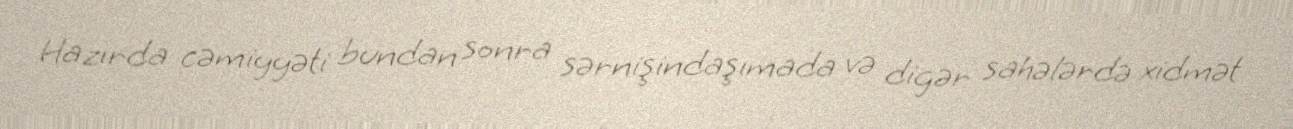
Hazırda cəmiyyəti bundan sonra sərnişindaşımada və digər sahələrdə xidmət